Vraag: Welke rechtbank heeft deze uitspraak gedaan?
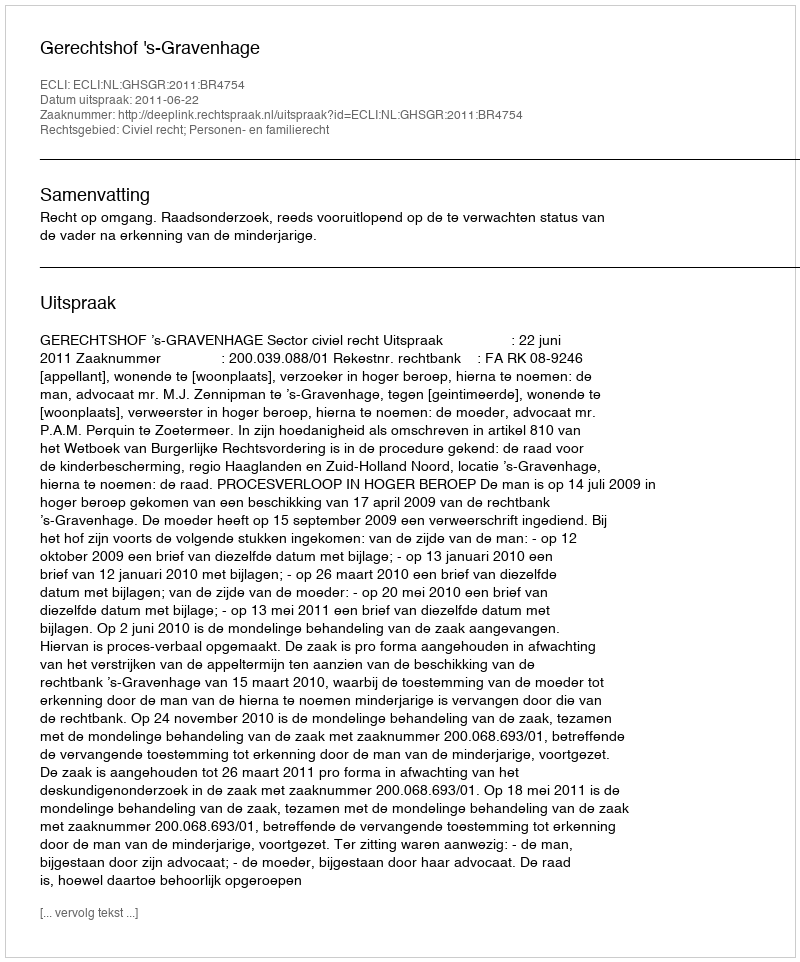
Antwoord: Gerechtshof 's-Gravenhage